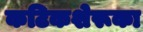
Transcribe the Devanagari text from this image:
कटिकशेरूका